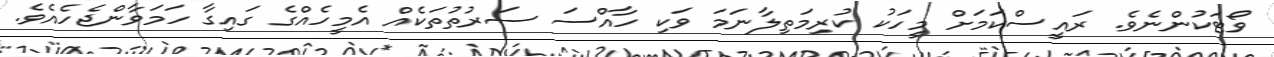
ވޯޓަކުންނެވެ. ރައީސްކަމަށް މީހަކު ކުރިމަތިލާނަމަ ވަކި ހާއްސަ ސަރުތުތަކެއް އެމީހެއްގެ ގައިގާ ހަމަވާންޖެހެއެވެ.